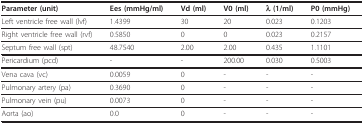
| Parameter (unit) | Ees (mmHg/ml) | Vd (ml) | V0 (ml) | λ (1/ml) | P0 (mmHg) |
 | --- | --- | --- | --- | --- | --- |
 | Left ventricle free wall (lvf) | 1.4399 | 30 | 20 | 0.023 | 0.1203 |
 | Right ventricle free wall (rvf) | 0.5850 | 0 | 0 | 0.023 | 0.2157 |
 | Septum free wall (spt) | 48.7540 | 2.00 | 2.00 | 0.435 | 1.1101 |
 | Pericardium (pcd) | - | - | 200.00 | 0.030 | 0.5003 |
 | Vena cava (vc) | 0.0059 | 0 | - | - | - |
 | Pulmonary artery (pa) | 0.3690 | 0 | - | - | - |
 | Pulmonary vein (pu) | 0.0073 | 0 | - | - | - |
 | Aorta (ao) | 0.0 | 0 | - | - | - |